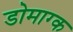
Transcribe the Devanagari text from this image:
डोमाग्क